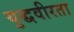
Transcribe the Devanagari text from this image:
युद्धवीरता